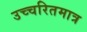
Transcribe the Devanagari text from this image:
उच्चरितमात्र